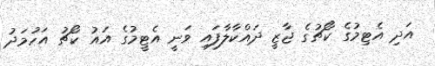
އަދި އެޓިމުގެ ކޯޗުގެ ޖާޒީ ދައްކާލާފައި ވަނީ އެޓީމުގެ އައު ކޯޗު އަހުމަދު